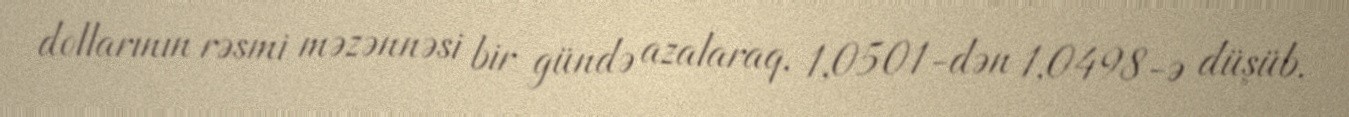
dollarının rəsmi məzənnəsi bir gündə azalaraq, 1,0501-dən 1,0498-ə düşüb.